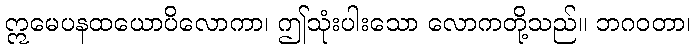
ဣမေပနထယောပိလောကာ၊ ဤသုံးပါးသော လောကတို့သည်။ ဘဂဝတာ၊